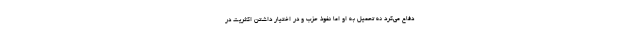
دفاع می‌کرد نه تحمیل به او اما نفوذ حزب و در اختیار داشتن اکثریت در